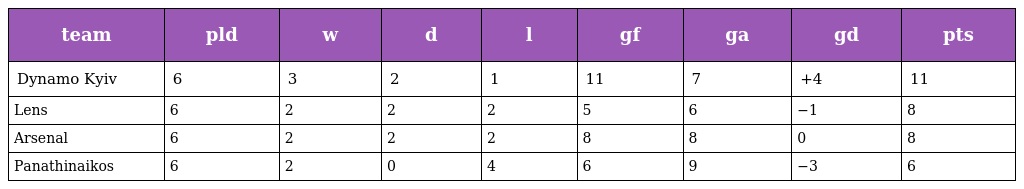
| team | pld | w | d | l | gf | ga | gd | pts |
 | --- | --- | --- | --- | --- | --- | --- | --- | --- |
 | Dynamo Kyiv | 6 | 3 | 2 | 1 | 11 | 7 | +4 | 11 |
 | Lens | 6 | 2 | 2 | 2 | 5 | 6 | −1 | 8 |
 | Arsenal | 6 | 2 | 2 | 2 | 8 | 8 | 0 | 8 |
 | Panathinaikos | 6 | 2 | 0 | 4 | 6 | 9 | −3 | 6 |